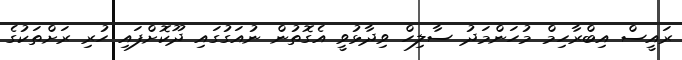
ރައީސް އިބްރާހިމް މުހަންމަދު ސާލިހް ވިދާޅުވީ އެގޮތުން ނުއަގުގައި ދޫކޮށްފައި ހުރި ރަށްތަކުގެ